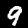
Digit: 9